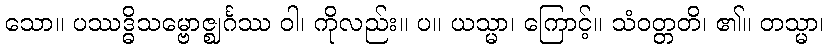
သော။ ပဿဒ္ဓိသမ္ဗောဇ္ဈင်္ဂဿ ဝါ၊ ကိုလည်း။ ပ။ ယသ္မာ၊ ကြောင့်။ သံဝတ္တတိ၊ ၏။ တသ္မာ၊